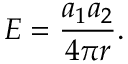
E = { \frac { a _ { 1 } a _ { 2 } } { 4 \pi r } } .